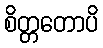
စိတ္တတောပိ